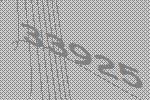
33925